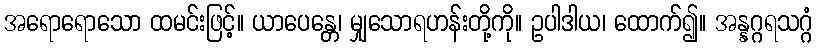
အရောရောသော ထမင်းဖြင့်။ ယာပေန္တေ၊ မျှသောရဟန်းတို့ကို။ ဥပါဒါယ၊ ထောက်၍။ အန္နဂ္ဂရသဂ္ဂံ